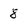
Character: 8